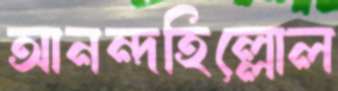
আনন্দহিল্লোল